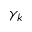
\gamma _ { k }